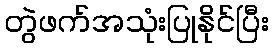
တွဲဖက်အသုံးပြုနိုင်ပြီး